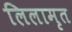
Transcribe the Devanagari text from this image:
लिलामृत